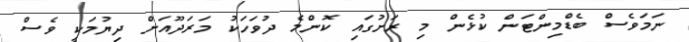
ނަމަވެސް ބެޑްމިންޓަން ކުޅެން މި ރަށުގައި ކޮންމެ ދުވަހަކު މަރަދޫއަށް ދިޔުމަކީ ވެސް